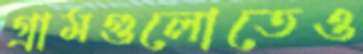
গ্রামগুলোতেও